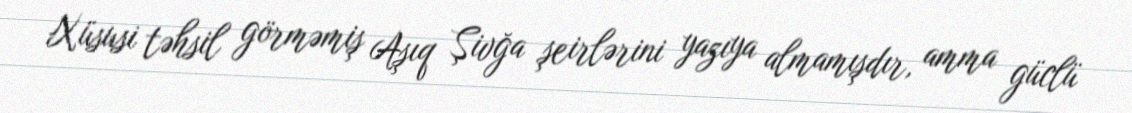
Xüsusi təhsil görməmiş Aşıq Şivğa şeirlərini yazıya almamışdır, amma güclü